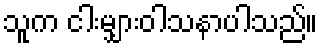
သူက ငါးမျှားဝါသနာပါသည်။